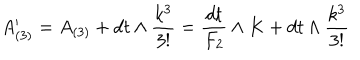
A _ { ( 3 ) } ^ { \prime } = A _ { ( 3 ) } + d t \wedge { \frac { k ^ { 3 } } { 3 ! } } = { \frac { d t } { F _ { 2 } } } \wedge K + d t \wedge { \frac { k ^ { 3 } } { 3 ! } }